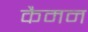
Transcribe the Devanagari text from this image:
कैमन